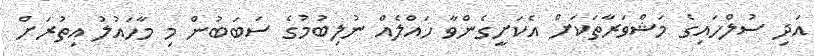
އަދި ސުލްހައިގެ މަޝްވަރާތަަކަށް އެކަށީގެންވާ ހައްލެއް ނުލިބުމުގެ ސަބަބުން މި މާހައުލު އިތުރަށް